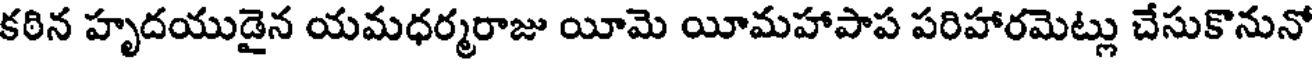
కఠిన హృదయుడైన యమధర్మరాజు యీమె యీమహాపాప పరిహారమెట్లు చేసుకొనునో